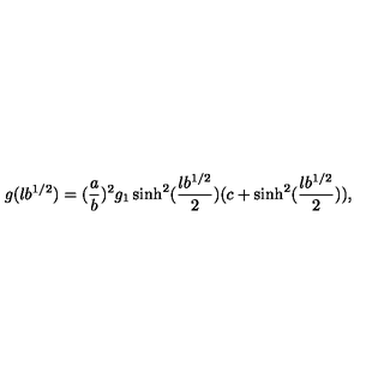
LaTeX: g ( l b ^ { 1 / 2 } ) = ( { \frac { a } { b } } ) ^ { 2 } g _ { 1 } \sinh ^ { 2 } ( { \frac { l b ^ { 1 / 2 } } { 2 } } ) ( c + \sinh ^ { 2 } ( { \frac { l b ^ { 1 / 2 } } { 2 } } ) ) ,